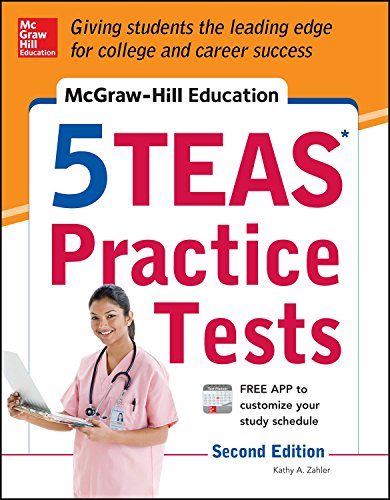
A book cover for McGraw-Hill Education 5 TEAS Practice Tests, 2nd Edition (Mcgraw Hill's 5 Teas Practice Tests); Kathy A. Zahler; Test Preparation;